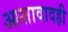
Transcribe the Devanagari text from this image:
आशावादही